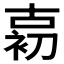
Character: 𱓱